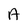
Character: A